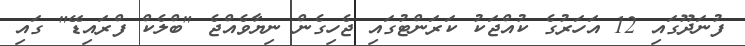
ފުނަދޫގައި 12 އަހަރުގެ ކުއްޖަކު ކަރަންޓުގައި ޖެހިގެން ނިޔާވެއްޖެ "ބްލެކް ފްރައިޑޭ" ގައި